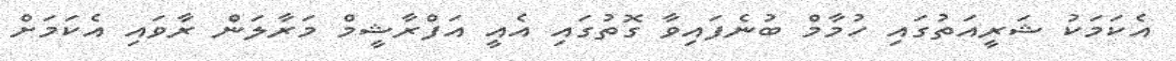
އެކަމަކު ޝަރީއަތުގައި ހުމާމް ބުނެފައިވާ ގޮތުގައި އެއީ އަފްރާޝީމް މަރާލަން ރާވައި އެކަމަށް